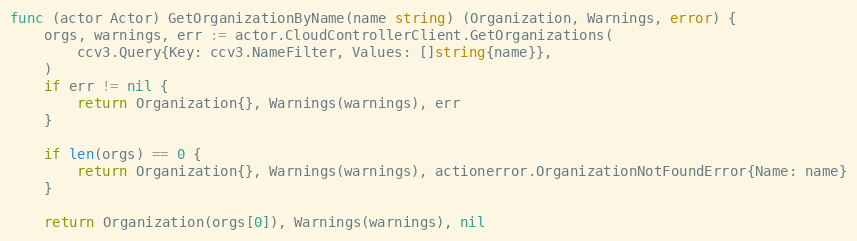
Language: Go
func (actor Actor) GetOrganizationByName(name string) (Organization, Warnings, error) {
	orgs, warnings, err := actor.CloudControllerClient.GetOrganizations(
		ccv3.Query{Key: ccv3.NameFilter, Values: []string{name}},
	)
	if err != nil {
		return Organization{}, Warnings(warnings), err
	}

	if len(orgs) == 0 {
		return Organization{}, Warnings(warnings), actionerror.OrganizationNotFoundError{Name: name}
	}

	return Organization(orgs[0]), Warnings(warnings), nil